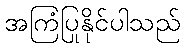
အကြံပြုနိုင်ပါသည်